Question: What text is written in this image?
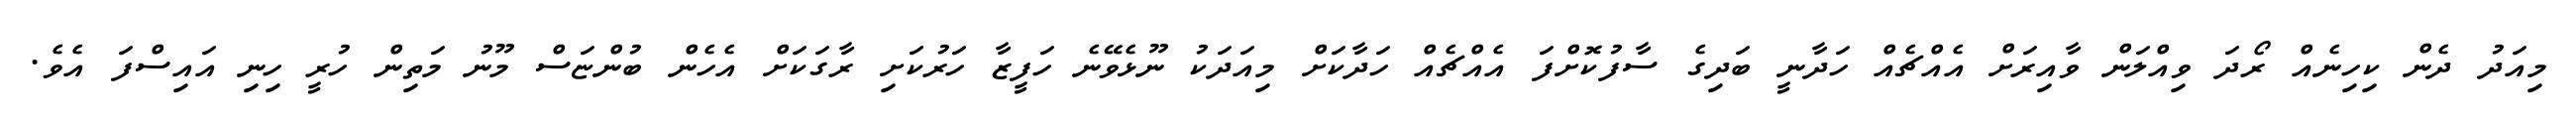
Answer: މިއަދު ދެން ކިހިނެއް ރޯދަ ވިއްލަން ވާއިރަށް އެއްޗެއް ހަދާނީ ބަދިގެ ސާފުކޮށްފަ އެއްޗެއް ހަދާކަށް މިއަދަކު ނޫޅެވޭނެ ހަފީޒާ ހަރުކަށި ރާގަކަށް އެހެން ބުންޏަސް މޫނު މަތިން ހުރީ ހިނި އައިސްފަ އެވެ.